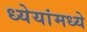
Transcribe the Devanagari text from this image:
ध्येयांमध्ये